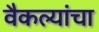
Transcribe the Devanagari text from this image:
वैकल्यांचा